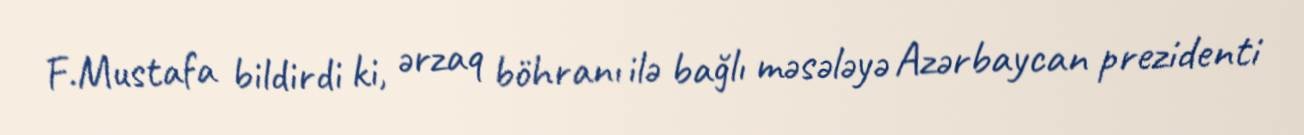
F.Mustafa bildirdi ki, ərzaq böhranı ilə bağlı məsələyə Azərbaycan prezidenti